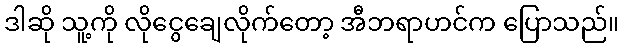
ဒါဆို သူ့ကို လိုငွေချေလိုက်တော့ အီဘရာဟင်က ပြောသည်။